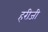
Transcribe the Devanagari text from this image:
हरीजी